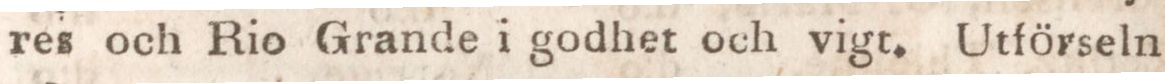
res och Rio Grande i godhet och vigt. Utförseln